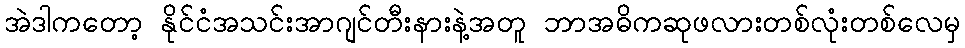
အဲဒါကတော့ နိုင်ငံအသင်းအာဂျင်တီးနားနဲ့အတူ ဘာအဓိကဆုဖလားတစ်လုံးတစ်လေမှ